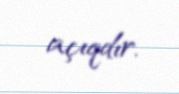
açıqdır.